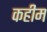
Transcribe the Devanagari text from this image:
कहीम